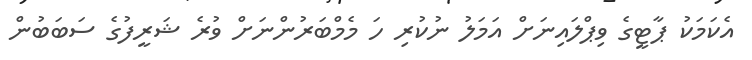
އެކަމަކު ޕާޓީގެ ވިޕްލައިނަށް އަމަލު ނުކުރި ހަ މެމްބަރުންނަށް ވުރެ ޝަރީފުގެ ސަބަބުން